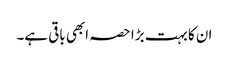
ان کا بہت بڑا حصہ ابھی باقی ہے۔